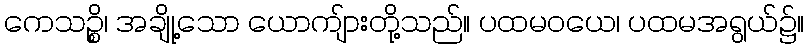
ကေသဉ္စိ၊ အချို့သော ယောကျ်ားတို့သည်။ ပထမဝယေ၊ ပထမအရွယ်၌။